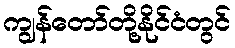
ကျွန်တော်တို့နိုင်ငံတွင်